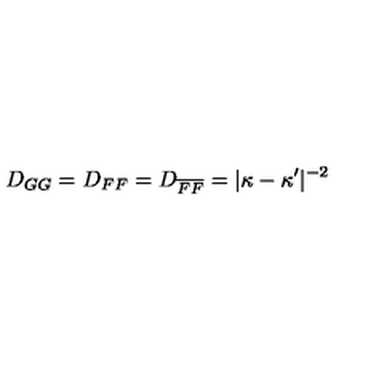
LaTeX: D _ { G G } = D _ { F F } = D _ { \overline { F } \overline { F } } = \vert \kappa - \kappa ^ { \prime } \vert ^ { - 2 }